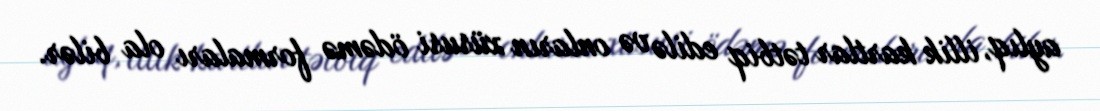
aylıq, illik kartlar tətbiq edilə və onların xüsusi ödəmə formaları ola bilər.